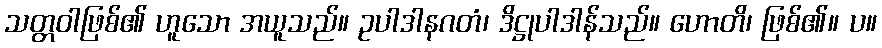
သတ္တဝါဖြစ်၏ ဟူသော အယူသည်။ ဥပါဒါနဂတံ၊ ဒိဋ္ဌုပါဒါန်သည်။ ဟောတိ၊ ဖြစ်၏။ ပ။